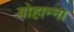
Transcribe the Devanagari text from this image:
योहान्ना